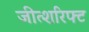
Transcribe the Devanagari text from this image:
जीत्शरिफ्ट